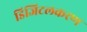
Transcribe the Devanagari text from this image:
डिजिटलकरण